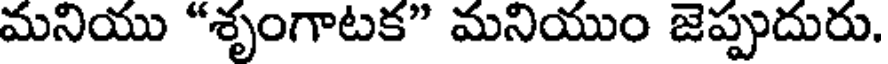
మనియు "శృంగాటక" మనియుం జెప్పుదురు.